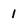
Character: 1